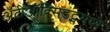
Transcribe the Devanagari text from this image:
अँटीऑक्सिडंट्समध्ये